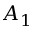
A _ { 1 }